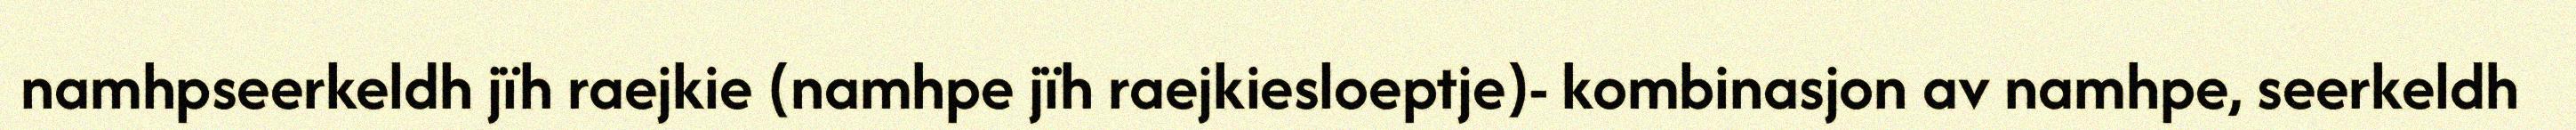
namhpseerkeldh jïh raejkie (namhpe jïh raejkiesloeptje)- kombinasjon av namhpe, seerkeldh